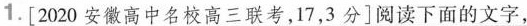
1.[2020安徽高中名校高三联考，17，3分]阅读下面的文字，